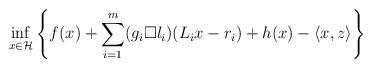
LaTeX: \begin{align*}\inf_{x\in {\cal H}}\left\{f(x)+\sum_{i=1}^{m}(g_i \Box l_i)(L_ix-r_i)+h(x)-\langle x,z\rangle\right\}\end{align*}